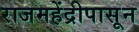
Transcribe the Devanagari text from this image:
राजमहेंद्रीपासून